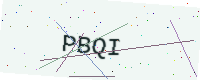
Text: PBQI